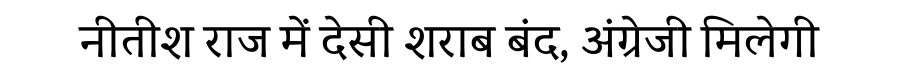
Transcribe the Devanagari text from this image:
नीतीश राज में देसी शराब बंद, अंग्रेजी मिलेगी